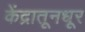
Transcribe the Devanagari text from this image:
केंद्रातूनधूर